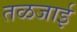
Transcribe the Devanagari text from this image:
तळजाई